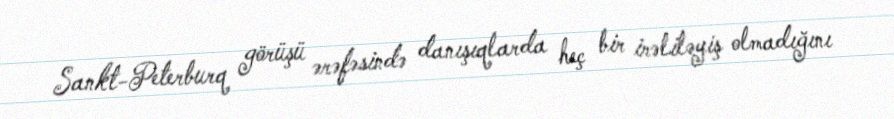
Sankt-Peterburq görüşü ərəfəsində danışıqlarda heç bir irəliləyiş olmadığını